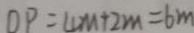
O P = 4 m + 2 m = 6 m